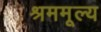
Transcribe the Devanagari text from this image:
श्रममूल्य